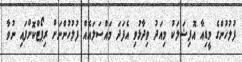
ފުލުހުންގެ މީޑިއާ އޮފިޝަލަކު މިއަދު ވިދާޅުވި އެފަދަ މައްސަލައެއް ފުލުހުންނަށް ރިޕޯޓްކޮށްފައި ނުވާ